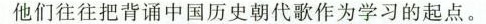
他们往往把背诵中国历史朝代歌作为学习的起点。